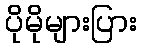
ပိုမိုများပြား